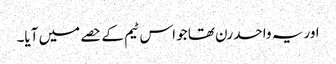
اور یہ واحد رن تھا جو اس ٹیم کے حصے میں آیا۔